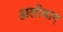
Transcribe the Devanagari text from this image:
अलीबाग़